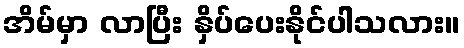
အိမ်မှာ လာပြီး နှိပ်ပေးနိုင်ပါသလား။